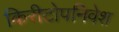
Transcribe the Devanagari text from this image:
किरीटोपनिवेश